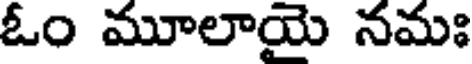
ఓం మూలాయై నమః